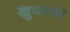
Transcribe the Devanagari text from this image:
खुपल्या